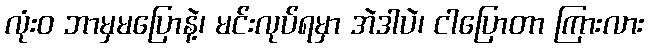
လုံးဝ ဘာမှမပြောနဲ့၊ မင်းလုပ်ရမှာ အဲဒါပဲ၊ ငါပြောတာ ကြားလား